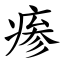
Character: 瘆